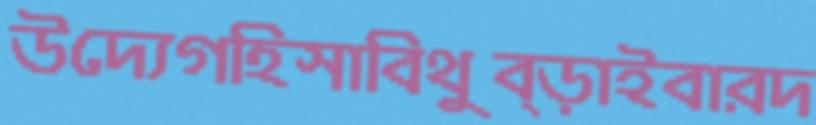
উদ্যেগহিসাবিথুব্‌ড়াইবারদ